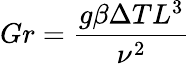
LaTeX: Gr={\frac{g\beta\Delta TL^{3}}{\nu^{2}}}